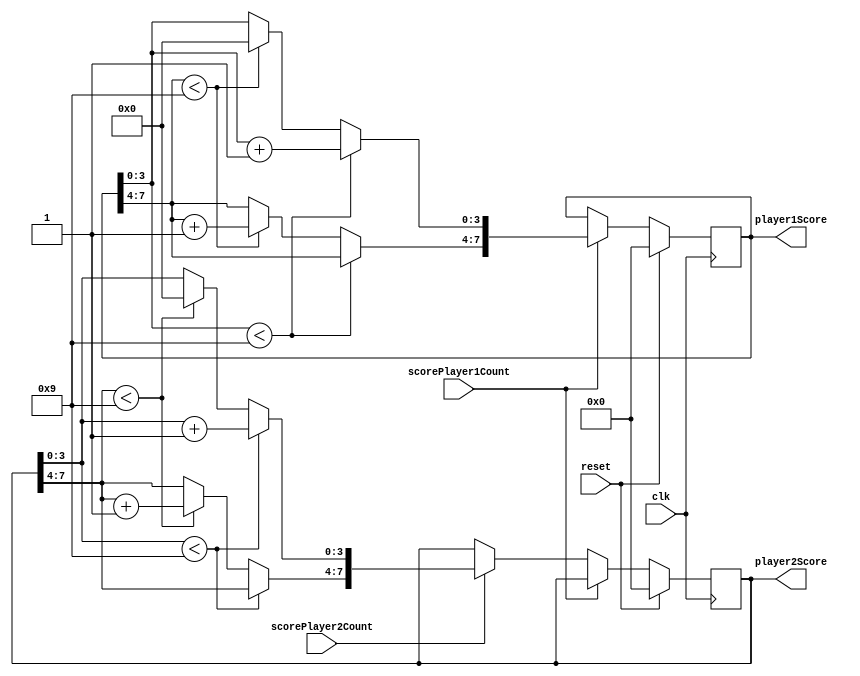
`timescale 1ns / 1ps
//////////////////////////////////////////////////////////////////////////////////
// Company: 
// 
// Design Name: 
// Module Name: scoreLogic
// Project Name: 
// Target Devices: 
// Tool Versions: 
// Description: 
// 
// Dependencies: 
// 
// Revision:
// Revision 0.01 - File Created
// Additional Comments:
// 
//////////////////////////////////////////////////////////////////////////////////


module scoreLogic(
    input clk,
    input reset,
    input scorePlayer1Count,
    input scorePlayer2Count,
    output wire [7:0] player1Score,
    output wire [7:0] player2Score
);

reg [7:0] p1sReg;
reg [7:0] p2sReg;

assign player1Score = p1sReg;
assign player2Score = p2sReg;

always @(posedge clk) begin
    if(reset == 1) begin 
        p1sReg = 8'd0; // reset score player1
        p2sReg = 8'd0; // reset score player2
    end
    else if (scorePlayer1Count == 1) begin // if player1 score count is 1 then add player1 score
        if(p1sReg[3:0] < 4'd9) p1sReg[3:0] = p1sReg[3:0] + 1;
        else begin
            if(player1Score[7:4] < 4'd9) // If player1 1's unit digit score is 9, then add 1 to the tens and set 1s to 0
            begin
                p1sReg[3:0] = 4'd0;
                p1sReg[7:4] = p1sReg[7:4] + 1;
            end
        end
    end
    else if (scorePlayer2Count == 1) begin // if player2 score count is 1 then add player2 score
        if(p2sReg[3:0] < 4'd9) p2sReg[3:0] = p2sReg[3:0] + 1;
        else begin
            if(player2Score[7:4] < 4'd9) // If player2 1's unit digit score is 9, then add 1 to the tens and set 1s to 0
            begin
                p2sReg[3:0] = 4'd0;
                p2sReg[7:4] = p2sReg[7:4] + 1;
            end
        end
    end
end

endmodule